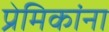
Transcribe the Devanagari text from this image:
प्रेमिकांना